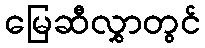
မြေဆီလွှာတွင်